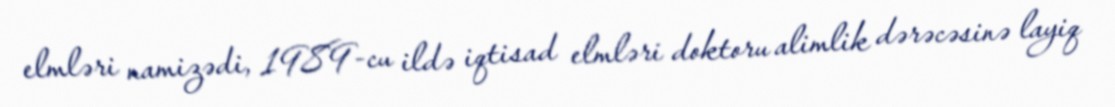
elmləri namizədi, 1989-cu ildə iqtisad elmləri doktoru alimlik dərəcəsinə layiq